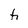
Character: h